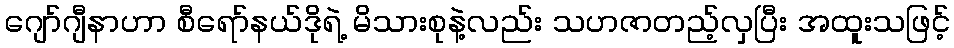
ဂျော်ဂျီနာဟာ စီရော်နယ်ဒိုရဲ့ မိသားစုနဲ့လည်း သဟဇာတည့်လှပြီး အထူးသဖြင့်